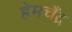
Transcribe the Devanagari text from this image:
हेमचँद्र